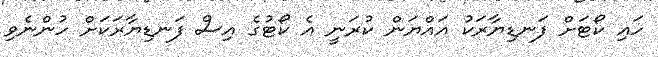
ހައި ކޯޓަށް ފަނޑިޔާރަކު އައްޔަން ކުރަނީ އެ ކޯޓުގެ އިސް ފަނޑިޔާރަކަށް ހުންނެވި